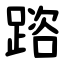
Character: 䠖